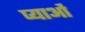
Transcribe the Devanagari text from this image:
प्याओं